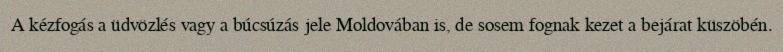
A kézfogás a üdvözlés vagy a búcsúzás jele Moldovában is, de sosem fognak kezet a bejárat küszöbén.